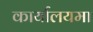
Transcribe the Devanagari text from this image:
कार्यालयमा